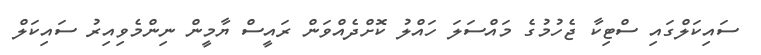
ސައިކަލްގައި ސްޓިކާ ޖެހުމުގެ މައްސަލަ ހައްލު ކޮށްދެއްވަން ރައީސް ޔާމީން ނިންމެވިއިރު ސައިކަލް